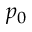
p _ { 0 }